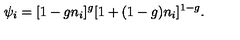
\psi _ { i } = [ 1 - g n _ { i } ] ^ { g } [ 1 + ( 1 - g ) n _ { i } ] ^ { 1 - g } .